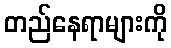
တည်နေရာများကို